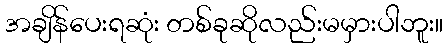
အချိန်ပေးရဆုံး တစ်ခုဆိုလည်းမမှားပါဘူး။